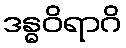
ဒန္ဓဝိရာဂိ